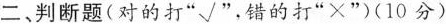
二、判断题(对的打”√”，错的打”×”)(10分)